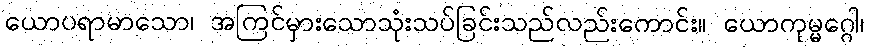
ယောပရာမာသော၊ အကြင်မှားသောသုံးသပ်ခြင်းသည်လည်းကောင်း။ ယောကုမ္မဂ္ဂေါ၊